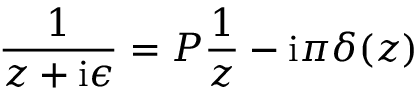
\frac { 1 } { z + \mathrm { i } \epsilon } = { \cal P } \frac { 1 } { z } - \mathrm { i } \pi \delta ( z )